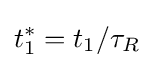
t_{1}^{*}=t_{1}/\tau _{R}